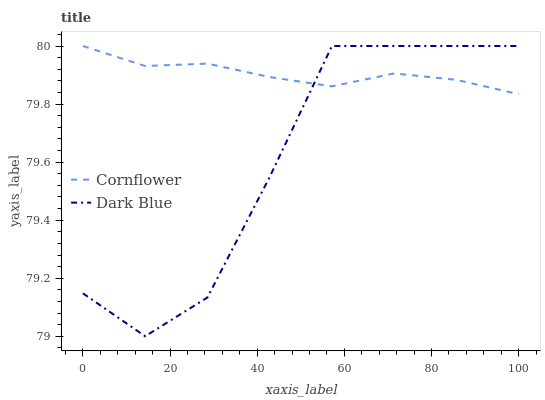
| xaxis_label | Cornflower | Dark Blue |
 | --- | --- | --- |
 | 0 | 80 | 79.1 |
 | 14.3 | 79.9 | 79 |
 | 28.6 | 79.9 | 79.1 |
 | 42.9 | 79.9 | 79.5 |
 | 57.1 | 79.9 | 80 |
 | 71.4 | 79.9 | 80 |
 | 85.7 | 79.9 | 80 |
 | 100 | 79.8 | 80 |